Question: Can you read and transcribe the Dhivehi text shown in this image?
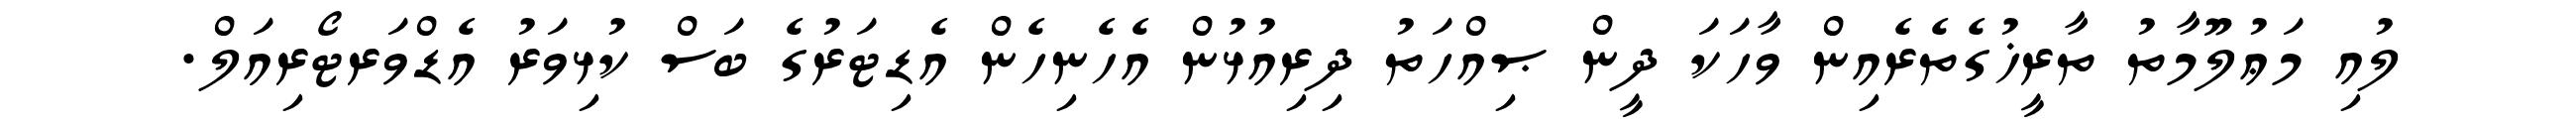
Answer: ލުއި މަޢުލޫމާތު ތާރީޚުގެތެރެއިން ވާހަކަ ދީން ޞިއްހަތު ދިރިއުޅުން އެހެނިހެން އެޑިޓަރުގެ ބަސް ކުޅިވަރު އެޑްވަރޓޯރިއަލް.